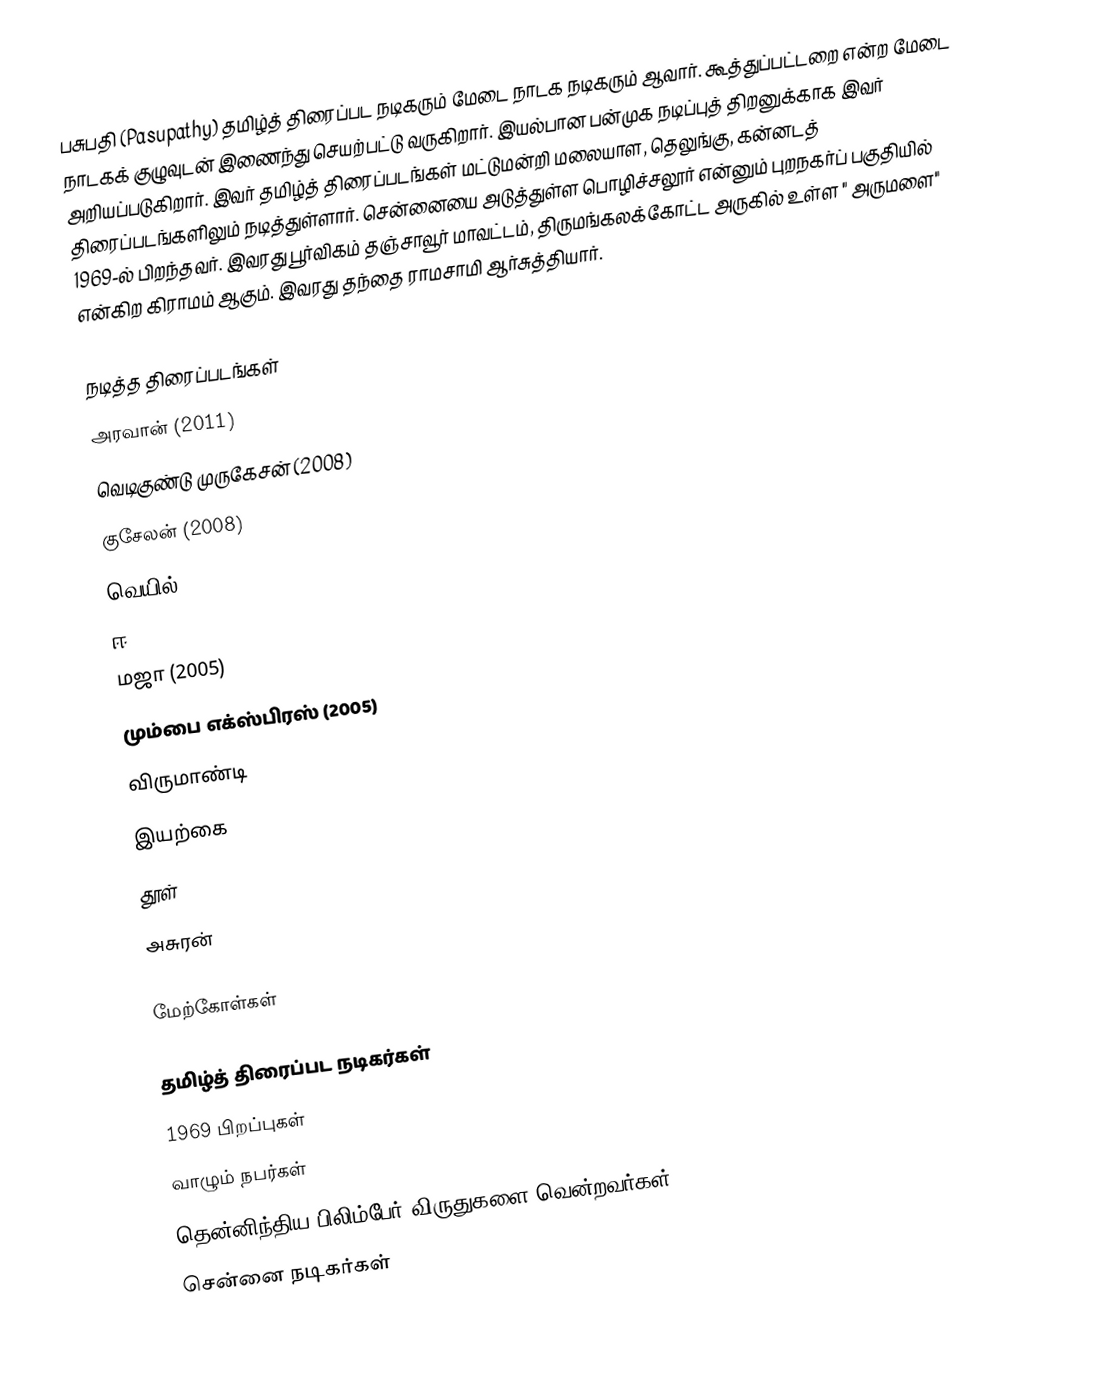
பசுபதி (Pasupathy) தமிழ்த் திரைப்பட நடிகரும் மேடை நாடக நடிகரும் ஆவார். கூத்துப்பட்டறை என்ற மேடை நாடகக் குழுவுடன் இணைந்து செயற்பட்டு வருகிறார். இயல்பான பன்முக நடிப்புத் திறனுக்காக இவர் அறியப்படுகிறார். இவர் தமிழ்த் திரைப்படங்கள் மட்டுமன்றி மலையாள, தெலுங்கு, கன்னடத் திரைப்படங்களிலும் நடித்துள்ளார். சென்னையை அடுத்துள்ள பொழிச்சலூர் என்னும் புறநகர்ப் பகுதியில் 1969-ல் பிறந்தவர். இவரது பூர்விகம் தஞ்சாவூர்  மாவட்டம், திருமங்கலக்கோட்ட அருகில் உள்ள " அருமளை" என்கிற கிராமம் ஆகும்.  இவரது தந்தை ராமசாமி ஆர்சுத்தியார்.

நடித்த திரைப்படங்கள்
  அரவான் (2011)
 வெடிகுண்டு முருகேசன் (2008)
 குசேலன் (2008)
 வெயில் (2006)
 ஈ (2006)
 மஜா (2005)
 மும்பை எக்ஸ்பிரஸ் (2005)
 விருமாண்டி
 இயற்கை
 தூள்
 அசுரன்

மேற்கோள்கள்

தமிழ்த் திரைப்பட நடிகர்கள்
1969 பிறப்புகள்
வாழும் நபர்கள்
தென்னிந்திய பிலிம்பேர் விருதுகளை வென்றவர்கள்
சென்னை நடிகர்கள்